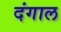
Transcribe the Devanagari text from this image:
दंगाल